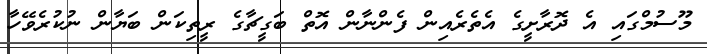
މޫސުމްގައި އެ ދޮރާށީގެ އެތެރެއިން ފެންނާން އޮތް ބަގީޗާގެ ރީތިކަން ބަޔާން ނުކުރެވޭހާ